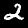
Label: 2